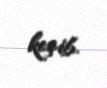
keçib.